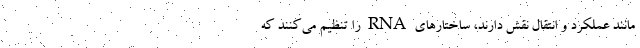
مانند عملکرد و انتقال نقش دارند، ساختارهای RNA را تنظیم می‌کنند که